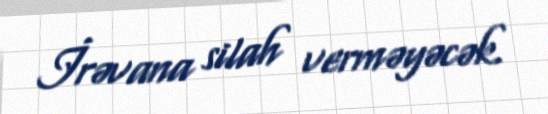
İrəvana silah verməyəcək.